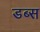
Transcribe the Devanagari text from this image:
डब्स